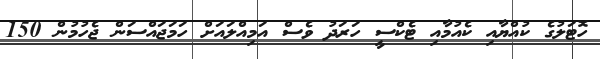
ހޮޓަލުގެ ކުއްޔާއި ކެއުމާއި ޓެކްސީ ހަރަދު ވެސް އަމިއްލައަށް ހަމަޖައްސަން ޖެހުމުން 150